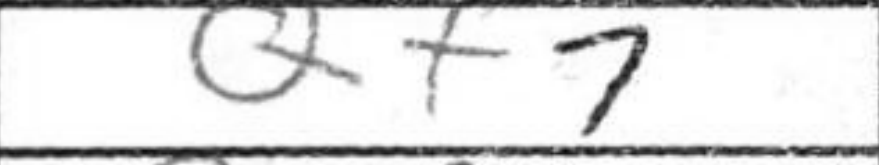
Transcription: Qf7